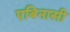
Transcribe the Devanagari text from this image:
एबिनासी